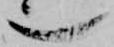
也